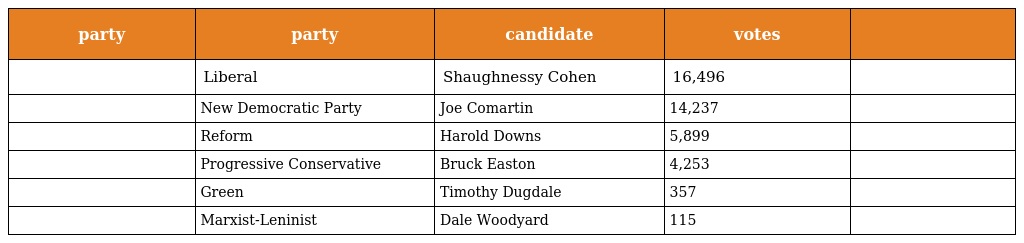
| party | party | candidate | votes |  |
 | --- | --- | --- | --- | --- |
 |  | Liberal | Shaughnessy Cohen | 16,496 |  |
 |  | New Democratic Party | Joe Comartin | 14,237 |  |
 |  | Reform | Harold Downs | 5,899 |  |
 |  | Progressive Conservative | Bruck Easton | 4,253 |  |
 |  | Green | Timothy Dugdale | 357 |  |
 |  | Marxist-Leninist | Dale Woodyard | 115 |  |